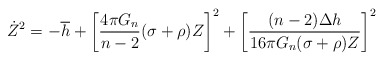
\begin{align*}\dot Z ^2 = -\overline{h}+\left[\frac{4 \pi G_n}{n-2}(\sigma+\rho)Z\right]^2+ \left[\frac{(n-2)\Delta h}{16 \pi G_n(\sigma+\rho)Z}\right]^2\end{align*}